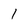
Character: I